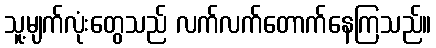
သူ့မျက်လုံးတွေသည် လက်လက်တောက်နေကြသည်။